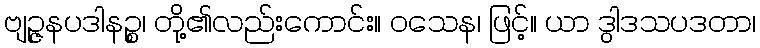
ဗျဉ္ဇနပဒါနဉ္စ၊ တို့၏လည်းကောင်း။ ဝသေန၊ ဖြင့်။ ယာ ဒွါဒသပဒတာ၊